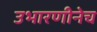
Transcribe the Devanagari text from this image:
उभारणीनेच